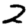
Digit: 2